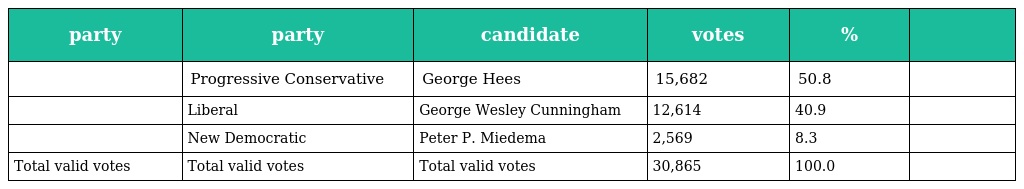
| party | party | candidate | votes | % |  |
 | --- | --- | --- | --- | --- | --- |
 |  | Progressive Conservative | George Hees | 15,682 | 50.8 |  |
 |  | Liberal | George Wesley Cunningham | 12,614 | 40.9 |  |
 |  | New Democratic | Peter P. Miedema | 2,569 | 8.3 |  |
 | Total valid votes | Total valid votes | Total valid votes | 30,865 | 100.0 |  |